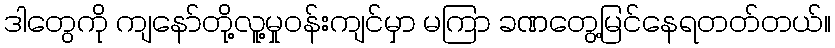
ဒါတွေကို ကျနော်တို့လူ့မှုဝန်းကျင်မှာ မကြာ ခဏတွေ့မြင်နေရတတ်တယ်။